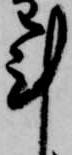
計